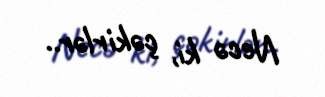
Necə ki, çəkirlər..